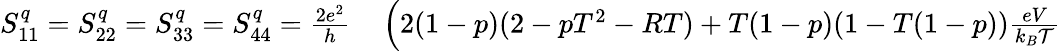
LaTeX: \begin{array}{rl}{S_{11}^{q}=S_{22}^{q}=S_{33}^{q}=S_{44}^{q}=\frac{2e^{2}}{h}}&{{}\left(2(1-p)(2-pT^{2}-RT)+T(1-p)(1-T(1-p))\frac{eV}{k_{B}\mathcal{T}}\right.}\end{array}